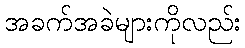
အခက်အခဲများကိုလည်း